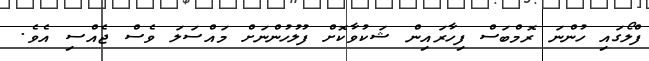
ފްލޯގައި ހުންނަ ރޮމްބަސް ފިހާރައިން ޝަކުވާކޮށް ފުލުހުންނަށް މައްސަލަ ވެސް ޖެއްސި އެވެ.